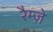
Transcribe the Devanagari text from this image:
रैम्ज़े